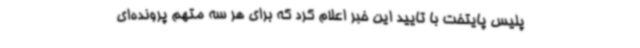
پلیس پایتخت با تایید این خبر اعلام کرد که برای هر سه متهم پرونده‌ای